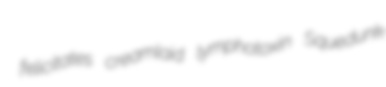
felicitates creamlaid lymphotoxin Squedunk